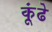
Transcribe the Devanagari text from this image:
कूंढे